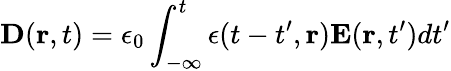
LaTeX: {\mathbf D}({\mathbf r},t)=\epsilon_{0}\int_{-\infty}^{t}\epsilon(t-t^{\prime},{\mathbf r}){\mathbf E}({\mathbf r},t^{\prime})dt^{\prime}